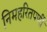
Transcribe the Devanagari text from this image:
निमहरितपर्णी